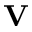
\mathbf { V }